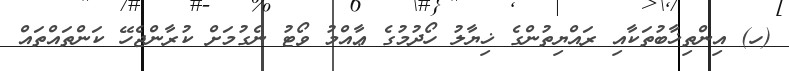
(ހ) އިންތިޚާބުތަކާއި ރައްޔިތުންގެ ޚިޔާލު ހޯދުމުގެ ޢާއްމު ވޯޓު ނެގުމަށް ކުރާންޖެހޭ ކަންތައްތައް